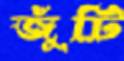
জুঁটি